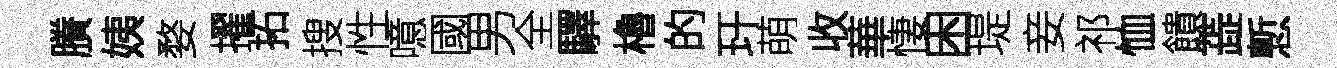
賸姨婺擢拓搜性噫國男全驛櫓的玕萌收華悽困堤妾祁恤饋蕋慙